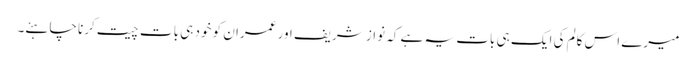
میرے اس کالم کی ایک ہی بات یہ ہے کہ نواز شریف اور عمران کو خود ہی بات چیت کرنا چاہئے۔